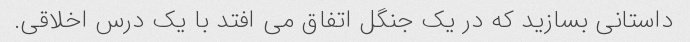
داستانی بسازید که در یک جنگل اتفاق می افتد با یک درس اخلاقی.